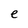
Character: e